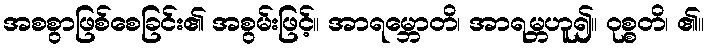
အစစွာဖြစ်စေခြင်း၏ အစွမ်းဖြင့်။ အာရမ္ဘောတိ၊ အာရမ္ဘဟူ၍။ ဝုစ္စတိ၊ ၏။